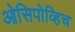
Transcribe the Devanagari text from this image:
ओसिपोव्हिच